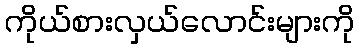
ကိုယ်စားလှယ်လောင်းများကို